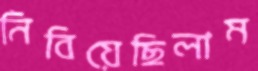
নিবিয়েছিলাম